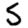
Digit: 5